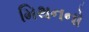
મિથનનો